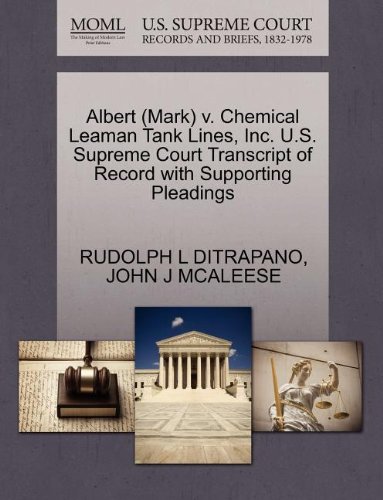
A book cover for Albert (Mark) v. Chemical Leaman Tank Lines, Inc. U.S. Supreme Court Transcript of Record with Supporting Pleadings; RUDOLPH L DITRAPANO; Law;